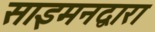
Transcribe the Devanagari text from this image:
साइमनद्वारा